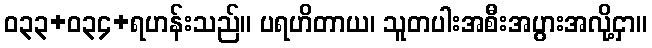
ဝ၃၃+၀၃၄+ရဟန်းသည်။ ပရဟိတာယ၊ သူတပါးအစီးအပွားအလို့ငှာ။